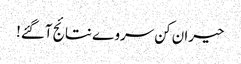
حیران کن سروے نتائج آگئے!